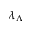
\lambda _ { \Lambda }